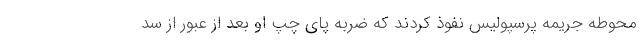
محوطه جریمه پرسپولیس نفوذ کردند که ضربه پای چپ او بعد از عبور از سد